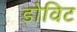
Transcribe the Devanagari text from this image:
डोविट